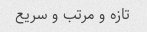
تازه و مرتب و سریع